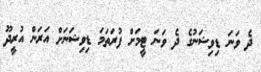
ދެ ވަނަ ޑިވިޝަނުގެ ދެ ވަނަ ޓީމަށް ފުރަތަމަ ޑިވިޝަނަށް އަރަން އުރީދޫ